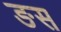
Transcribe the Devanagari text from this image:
ङस